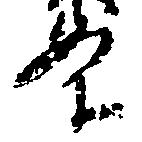
条